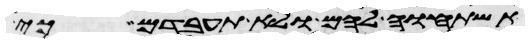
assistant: תשתחוה להם ולא תעבדם כי